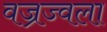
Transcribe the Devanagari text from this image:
वज्रज्वला